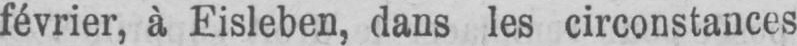
février, à Eisleben, dans les circonstances